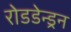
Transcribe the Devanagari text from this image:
रोडडेन्ड्रन